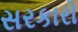
સરકારો